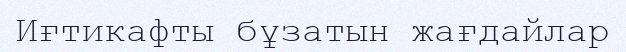
Иғтикафты бұзатын жағдайлар